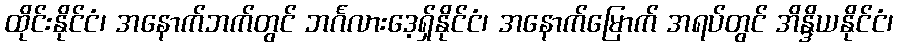
ထိုင်းနိုင်ငံ၊ အနောက်ဘက်တွင် ဘင်္ဂလားဒေ့ရှ်နိုင်ငံ၊ အနောက်မြောက် အရပ်တွင် အိန္ဒိယနိုင်ငံ၊